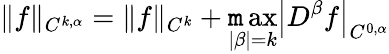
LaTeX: \| f\| _{C^{k,\alpha}}=\| f\| _{C^{k}}+\operatorname*{\mathtt{m}ax}_{|\beta|=k}\left|D^{\beta}f\right|_{C^{0,\alpha}}